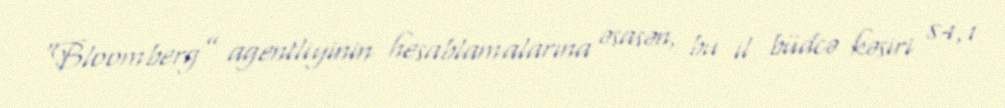
“Bloomberg” agentliyinin hesablamalarına əsasən, bu il büdcə kəsiri 84,1